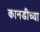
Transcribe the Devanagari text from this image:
कानडीच्या